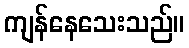
ကျန်နေသေးသည်။